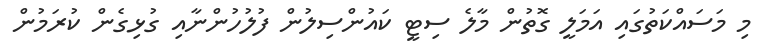
މި މަސައްކަތުގައި އަމަލީ ގޮތުން މާލެ ސިޓީ ކައުންސިލުން ފުލުހުންނާއި ގުޅިގެން ކުރަމުން